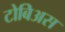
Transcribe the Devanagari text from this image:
टोबिअस